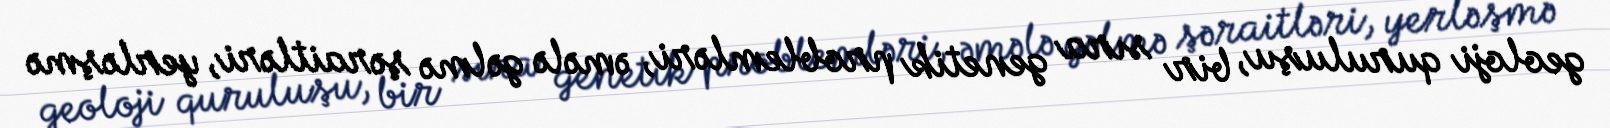
geoloji quruluşu, bir sıra genetik problemləri, əmələ gəlmə şəraitləri, yerləşmə